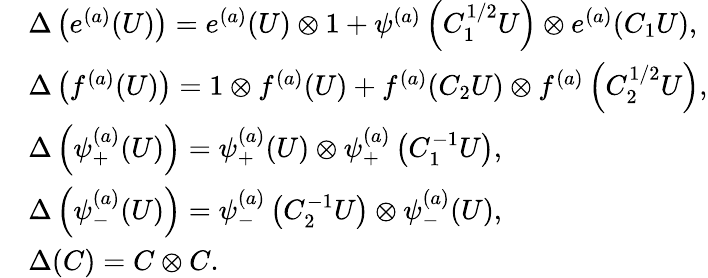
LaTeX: \begin{array}{rl}&{\Delta\left(e^{(a)}(U)\right)=e^{(a)}(U)\otimes 1+\psi^{(a)}\left(C_{1}^{1/2}U\right)\otimes e^{(a)}(C_{1}U),}\\ &{\Delta\left(f^{(a)}(U)\right)=1\otimes f^{(a)}(U)+f^{(a)}(C_{2}U)\otimes f^{(a)}\left(C_{2}^{1/2}U\right),}\\ &{\Delta\left(\psi_{+}^{(a)}(U)\right)=\psi_{+}^{(a)}(U)\otimes\psi_{+}^{(a)}\left(C_{1}^{-1}U\right),}\\ &{\Delta\left(\psi_{-}^{(a)}(U)\right)=\psi_{-}^{(a)}\left(C_{2}^{-1}U\right)\otimes\psi_{-}^{(a)}(U),}\\ &{\Delta(C)=C\otimes C.}\end{array}